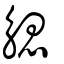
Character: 䚡